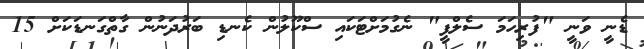
ޑެނީ ވަނީ "ފުރިހަމަ ސެލްފީ" ނެގުމަށްޓަކައި ސްކޫލުން ކެނޑި ބަރުދަނުން ގާތްގަނޑަކަށް 15